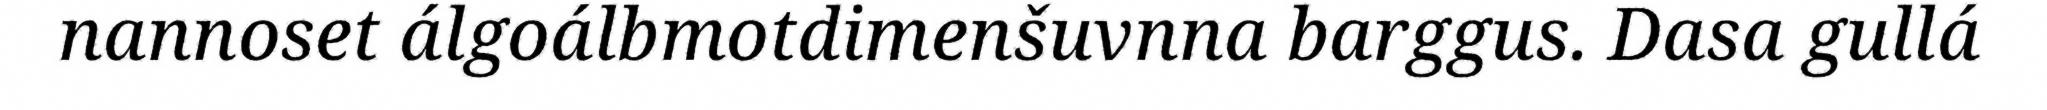
nannoset álgoálbmotdimenšuvnna barggus. Dasa gullá